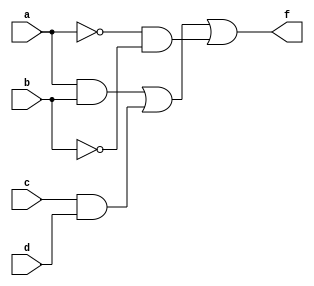
module MultiLevelSimplification (
    input  wire a,     // Input variable A
    input  wire b,     // Input variable B
    input  wire c,     // Input variable C
    input  wire d,     // Input variable D
    output wire f      // Output of the simplified logic function
);

// Intermediate signals (sub-functions)
wire ab;            // A AND B
wire cd;            // C AND D
wire ab_or_cd;      // (A AND B) OR (C AND D)
wire not_a;         // NOT A
wire not_b;         // NOT B
wire and_not_a_b;   // (NOT A) AND (NOT B)

// Step 1: Factorization and simplification
assign ab = a & b;                   // A AND B
assign cd = c & d;                   // C AND D
assign ab_or_cd = ab | cd;           // (A AND B) OR (C AND D)

// Step 2: Use of K-map simplification
// Example for two additional variables (NOT A and NOT B)
assign not_a = ~a;                    // NOT A
assign not_b = ~b;                    // NOT B
assign and_not_a_b = not_a & not_b;   // (NOT A) AND (NOT B)

// Step 3: Combine results for final output
assign f = ab_or_cd | and_not_a_b;    // Final simplified output

endmodule